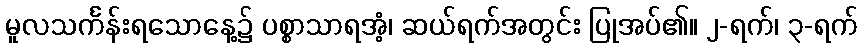
မူလသင်္ကန်းရသောနေ့၌ ပစ္စာသာရအံ့၊ ဆယ်ရက်အတွင်း ပြုအပ်၏။ ၂-ရက်၊ ၃-ရက်